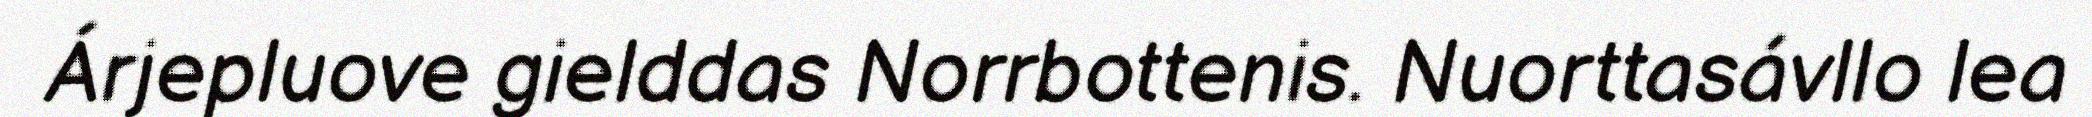
Árjepluove gielddas Norrbottenis. Nuorttasávllo lea